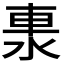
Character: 𨋈